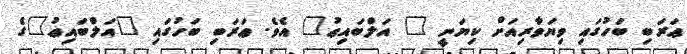
ޢަރަބި ބަހުގައި ވިޔަވާރިއަށް ކިޔަނީ " އަލްބައިޢު" އެވެ. ޢަރަބި ބަހުގައި "އަލްބައިޢު"ގެ